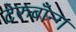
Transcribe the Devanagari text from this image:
टेरुबॉन्ग